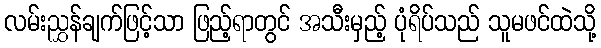
လမ်းညွှန်ချက်ဖြင့်သာ ဖြည့်ရာတွင် အသီးမှည့် ပုံရိပ်သည် သူမဖင်ထဲသို့